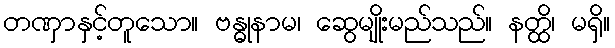
တဏှာနှင့်တူသော။ ဗန္ဓုနာမ၊ ဆွေမျိုးမည်သည်။ နတ္ထိ၊ မရှိ။